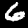
Digit: 6